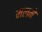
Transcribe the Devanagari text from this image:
मलमे